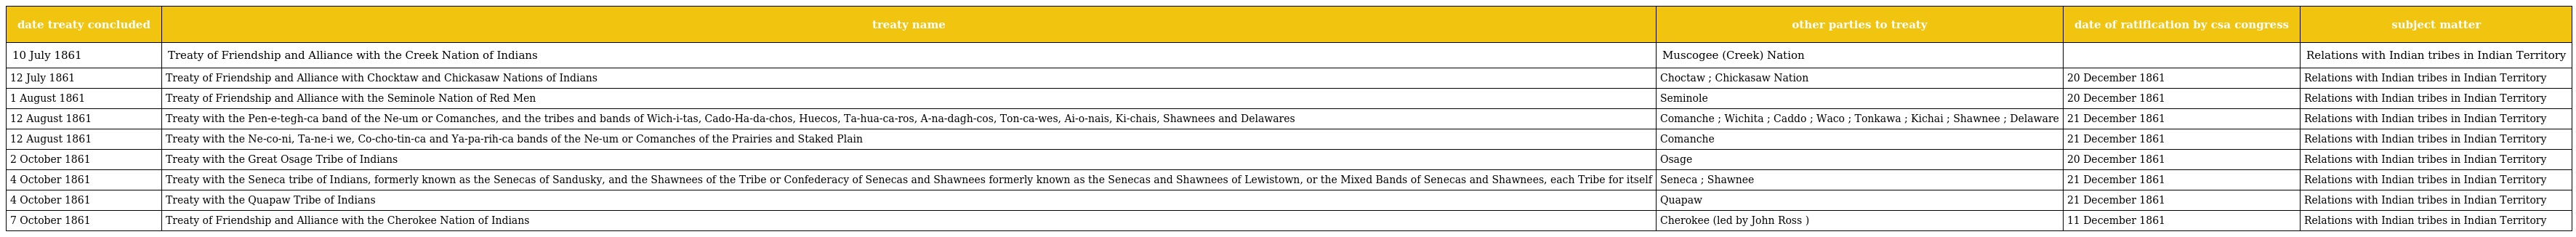
| date treaty concluded | treaty name | other parties to treaty | date of ratification by csa congress | subject matter |
 | --- | --- | --- | --- | --- |
 | 10 July 1861 | Treaty of Friendship and Alliance with the Creek Nation of Indians | Muscogee (Creek) Nation |  | Relations with Indian tribes in Indian Territory |
 | 12 July 1861 | Treaty of Friendship and Alliance with Chocktaw and Chickasaw Nations of Indians | Choctaw ; Chickasaw Nation | 20 December 1861 | Relations with Indian tribes in Indian Territory |
 | 1 August 1861 | Treaty of Friendship and Alliance with the Seminole Nation of Red Men | Seminole | 20 December 1861 | Relations with Indian tribes in Indian Territory |
 | 12 August 1861 | Treaty with the Pen-e-tegh-ca band of the Ne-um or Comanches, and the tribes and bands of Wich-i-tas, Cado-Ha-da-chos, Huecos, Ta-hua-ca-ros, A-na-dagh-cos, Ton-ca-wes, Ai-o-nais, Ki-chais, Shawnees and Delawares | Comanche ; Wichita ; Caddo ; Waco ; Tonkawa ; Kichai ; Shawnee ; Delaware | 21 December 1861 | Relations with Indian tribes in Indian Territory |
 | 12 August 1861 | Treaty with the Ne-co-ni, Ta-ne-i we, Co-cho-tin-ca and Ya-pa-rih-ca bands of the Ne-um or Comanches of the Prairies and Staked Plain | Comanche | 21 December 1861 | Relations with Indian tribes in Indian Territory |
 | 2 October 1861 | Treaty with the Great Osage Tribe of Indians | Osage | 20 December 1861 | Relations with Indian tribes in Indian Territory |
 | 4 October 1861 | Treaty with the Seneca tribe of Indians, formerly known as the Senecas of Sandusky, and the Shawnees of the Tribe or Confederacy of Senecas and Shawnees formerly known as the Senecas and Shawnees of Lewistown, or the Mixed Bands of Senecas and Shawnees, each Tribe for itself | Seneca ; Shawnee | 21 December 1861 | Relations with Indian tribes in Indian Territory |
 | 4 October 1861 | Treaty with the Quapaw Tribe of Indians | Quapaw | 21 December 1861 | Relations with Indian tribes in Indian Territory |
 | 7 October 1861 | Treaty of Friendship and Alliance with the Cherokee Nation of Indians | Cherokee (led by John Ross ) | 11 December 1861 | Relations with Indian tribes in Indian Territory |